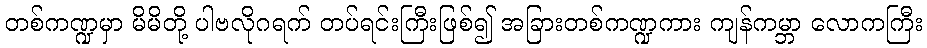
တစ်ကဏ္ဍမှာ မိမိတို့ ပါဗလိုဂရက် တပ်ရင်းကြီးဖြစ်၍ အခြားတစ်ကဏ္ဍကား ကျန်ကမ္ဘာ လောကကြီး